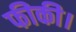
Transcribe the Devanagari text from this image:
फीकी।